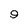
Character: 9